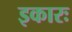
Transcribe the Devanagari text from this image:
इकारः